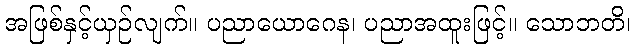
အဖြစ်နှင့်ယှဉ်လျက်။ ပညာယောဂေန၊ ပညာအထူးဖြင့်။ သောဘတိ၊